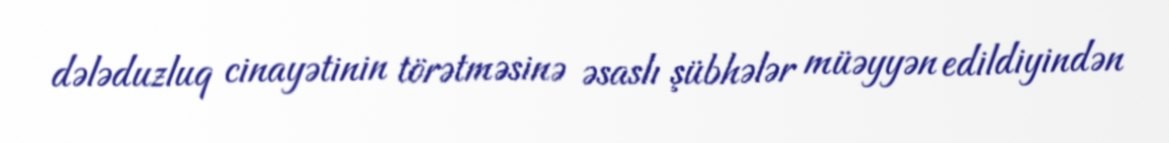
dələduzluq cinayətinin törətməsinə əsaslı şübhələr müəyyən edildiyindən